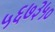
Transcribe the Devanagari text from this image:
५६७३५०